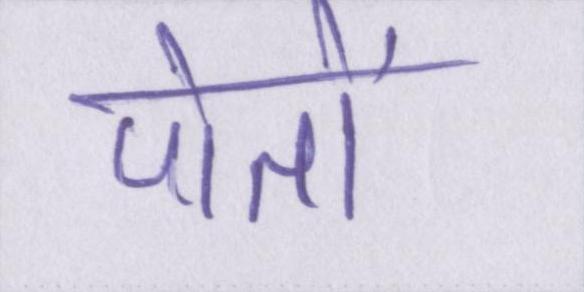
पोतों